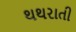
થથરાતી